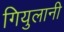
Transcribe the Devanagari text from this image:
गियुलानी